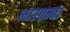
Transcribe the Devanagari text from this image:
भारतम्बा